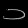
Digit: ၁